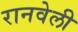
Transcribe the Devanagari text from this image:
रानवेली